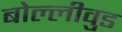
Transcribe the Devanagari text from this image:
बोल्लीवुड